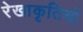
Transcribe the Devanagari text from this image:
रेखाकृतियों